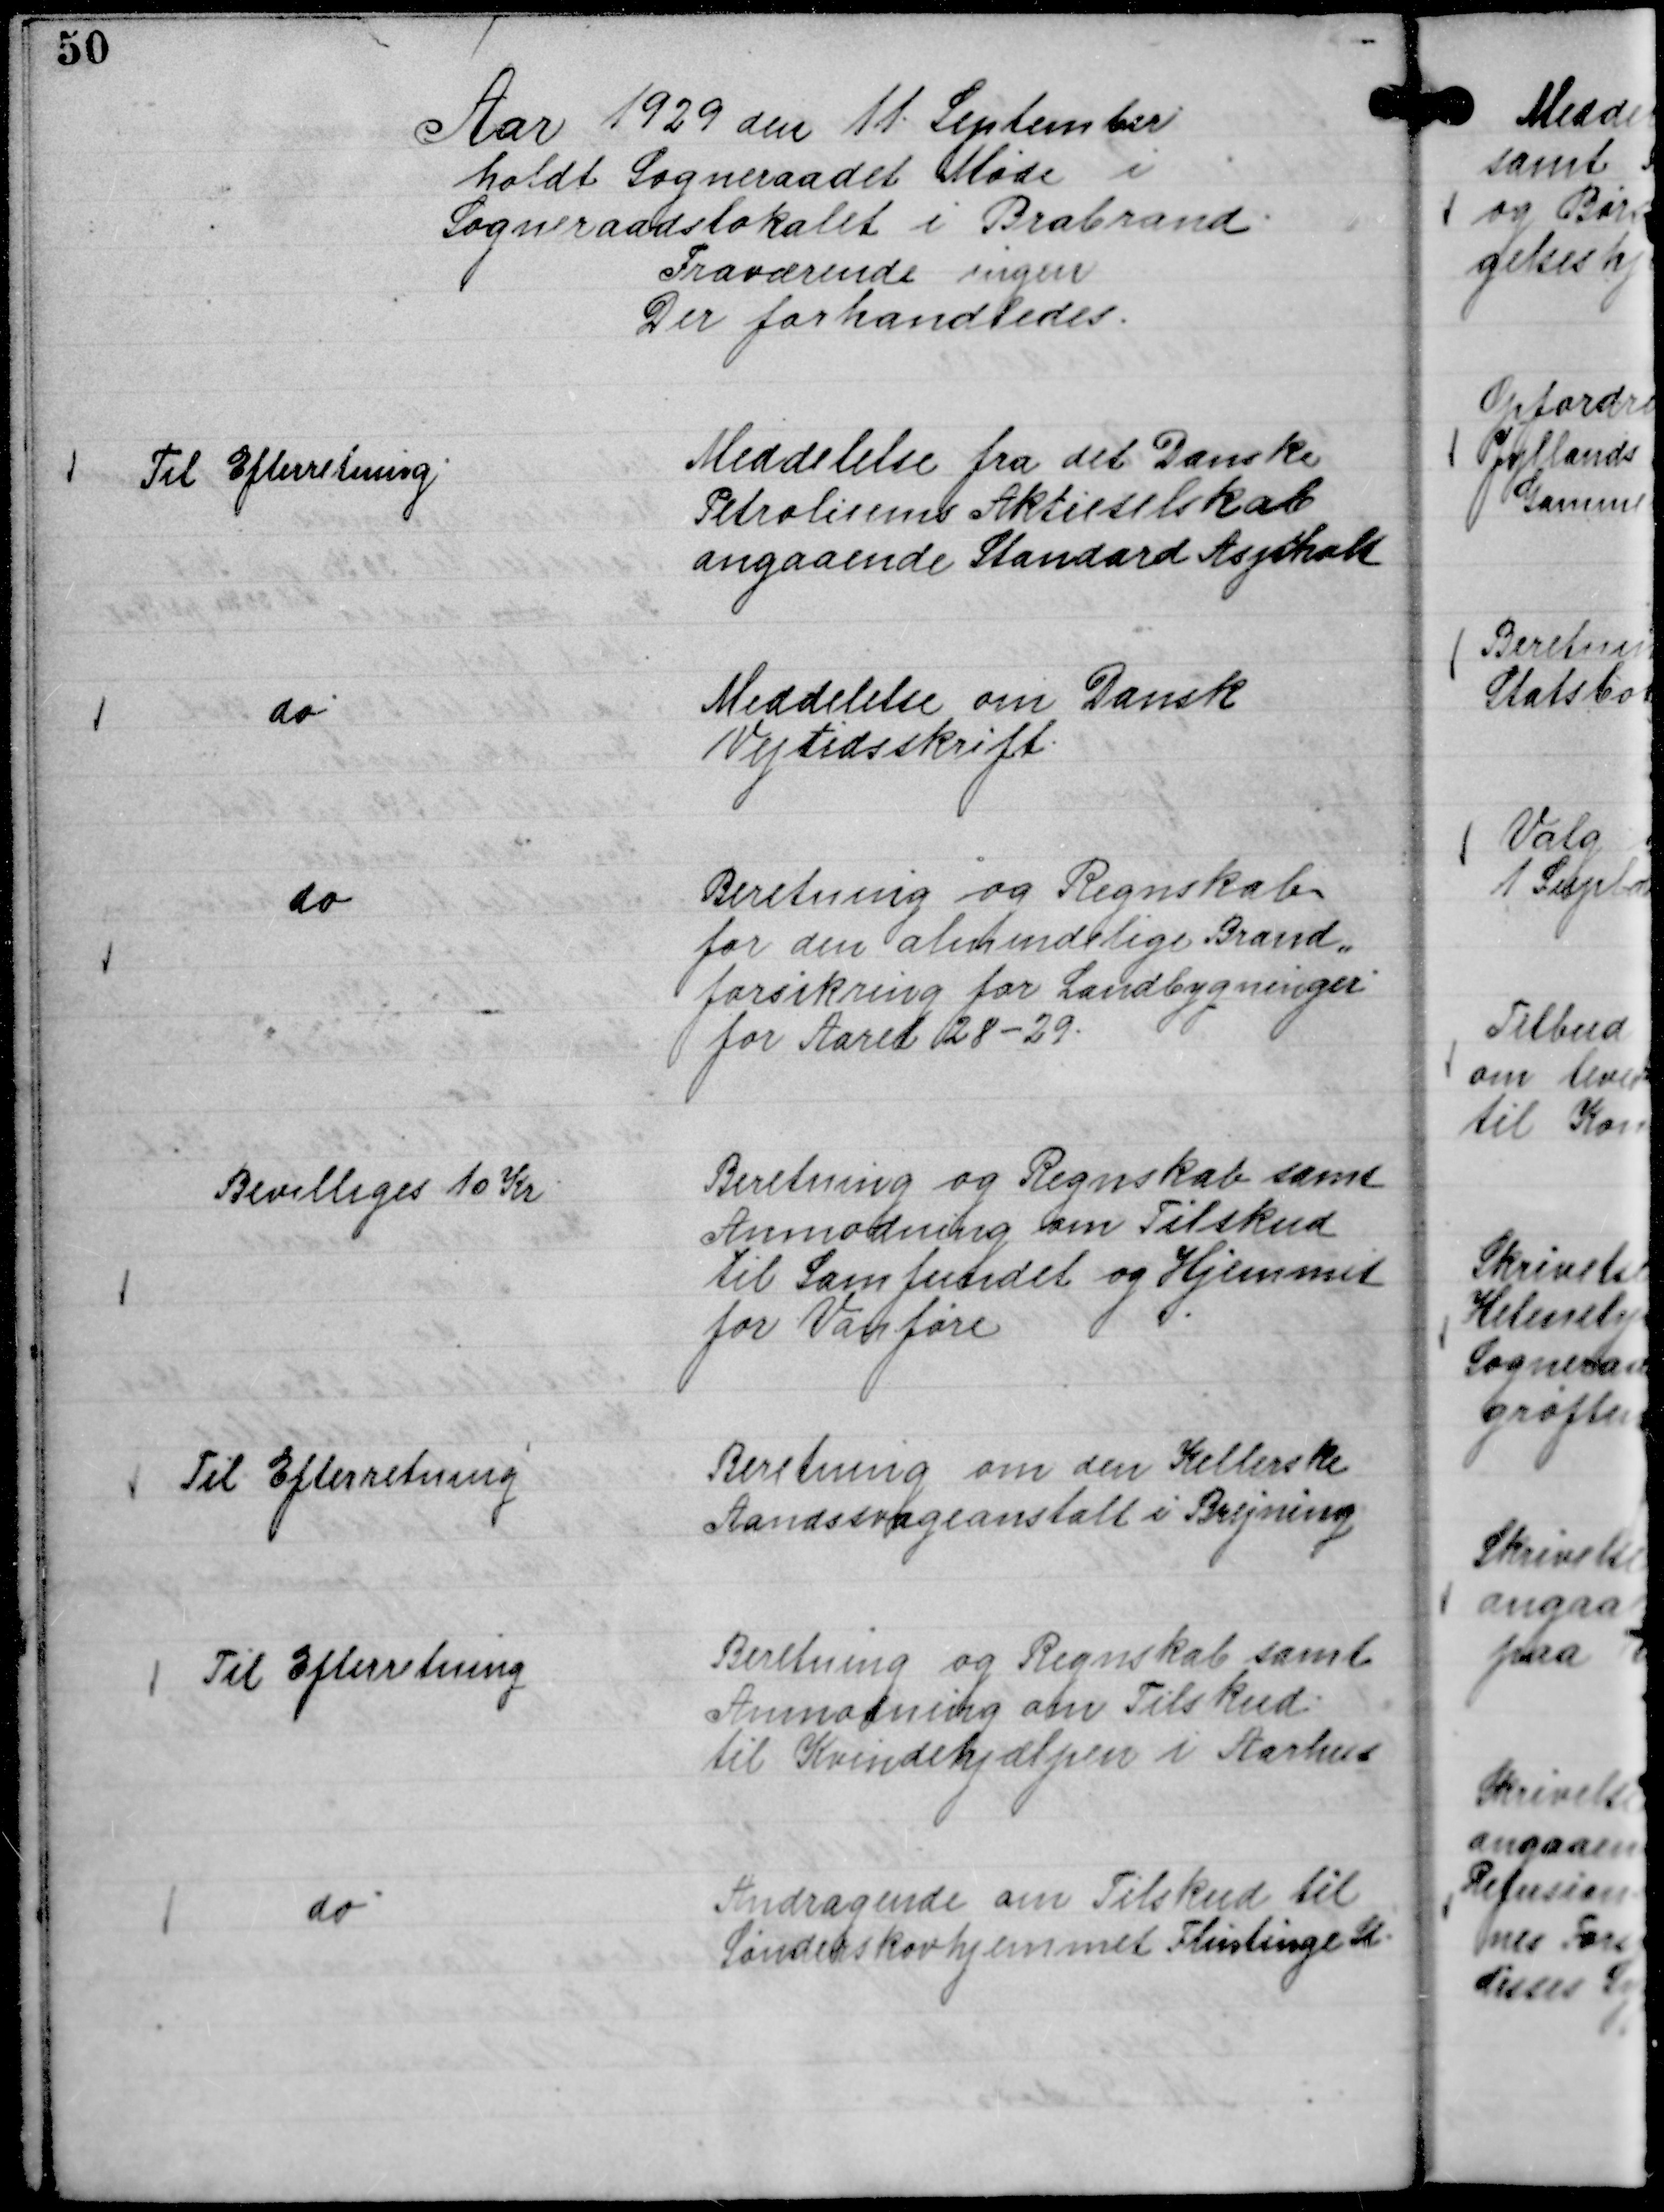
Transskription:
Aar 1929 den 11 September
holdt Sogneraadet Møde i
Sogneraadslokalet i Brabrand.
Fraværende ingen
Der forhandledes.

Meddelelse fra det Danske
Petroliums Aktieselskab
angaaende Standard Asphalt

Til Efterretning

Meddelelse om Dansk
Vejtidsskrift.

do

Beretning og Regnskab
for den almindelige Brand,,
forsikring for Landbygninger
for Aaret 28 - 29.

do

Beretning og Regnskab samt
Anmodning om Tilskud
til Samfundet og Hjemmet
for Vanføre

Bevilliges 10 Kr

Beretning om den Kellerske
Aandssvageanstalt i Brejning

Til Efterretning

Beretning og Regnskab samt
Anmodning om Tilskud
til Kvindehjælpen i Aarhus

Til Efterretning

Andragende om Tilskud til
Sønderskovhjemmet Flintinge St.

do